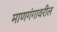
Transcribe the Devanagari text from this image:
माणगंगावरील